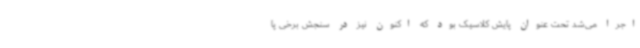
اجرا می‌شد تحت عنوان پایش کلاسیک بود که اکنون نیز در سنجش برخی پا